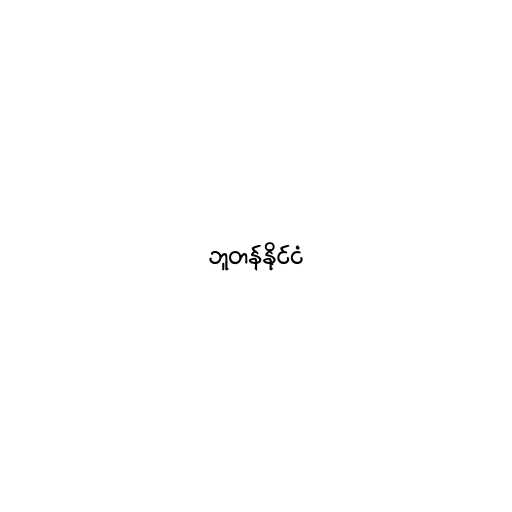
ဘူတန်နိုင်ငံ